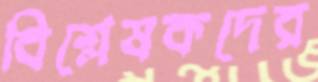
বিশ্লেষকদের